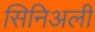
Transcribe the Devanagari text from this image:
सिनिअली